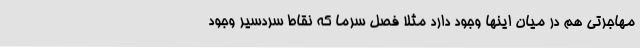
مهاجرتی هم در میان اینها وجود دارد مثلاً فصل سرما که نقاط سردسیر وجود